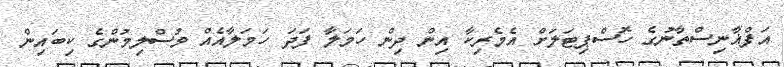
އަފްޣާނިސްތާނުގެ ހޮސްޕިޓަލަށް އެމެރިކާ އިން ދިން ހަމަލާ ފަދަ ހަމަލާއެއް މުސްލިމުންގެ ކިބައިން